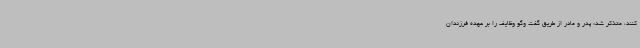
کنند، متذکر شد: پدر و مادر از طریق گفت وگو وظایف را بر عهده فرزندان